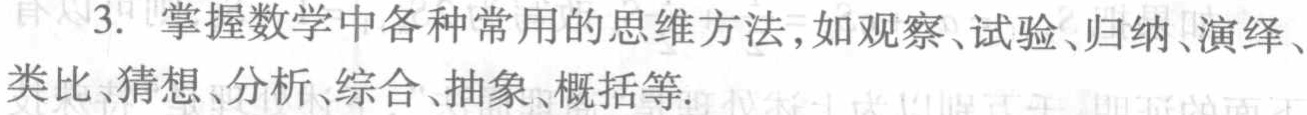
3. 掌握数学中各种常用的思维方法,如观察、试验、归纳、演绎、类比、猜想、分析、综合、抽象、概括等.